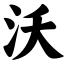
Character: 沃